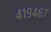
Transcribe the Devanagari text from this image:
४१९४६७